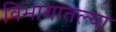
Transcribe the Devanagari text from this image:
विभागातल्या